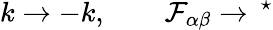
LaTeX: k\rightarrow-k,\qquad\mathcal{F}_{\alpha\beta}\rightarrow\, ^{\star}